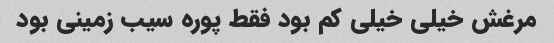
مرغش خیلی خیلی کم بود فقط پوره سیب زمینی بود